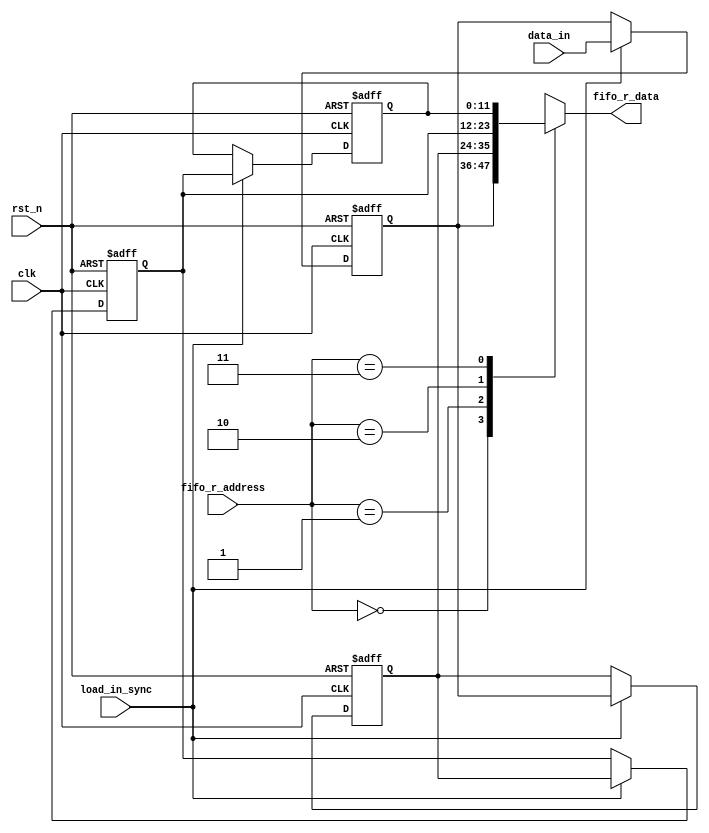
module shift_reg #(
    parameter      DATA_WIDTH = 12
) (
    input                                           clk,
    input                                           rst_n,
    input                                           load_in_sync,
    input         signed        [DATA_WIDTH-1:0]    data_in,
    input                       [1:0]               fifo_r_address,
    output  wire                [DATA_WIDTH-1:0]    fifo_r_data                
);
    reg [DATA_WIDTH-1:0] shift_reg [0:3];
    integer  i;
    assign  fifo_r_data = shift_reg[fifo_r_address];
always @(posedge clk ,negedge rst_n) 
    begin
        if (!rst_n) 
            begin
                shift_reg[0] <= 'd0;
                shift_reg[1] <= 'd0;
                shift_reg[2] <= 'd0;
                shift_reg[3] <= 'd0;
            end 
        else 
            begin
                if (load_in_sync) 
                    begin
                        shift_reg[0] <= data_in ;
                        shift_reg[1] <= shift_reg[0];
                        shift_reg[2] <= shift_reg[1];
                        shift_reg[3] <= shift_reg[2];
                    end 
            end
    end
endmodule